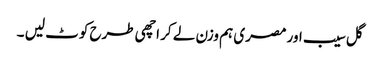
گل سیب اور مصری ہم وزن لے کر اچھی طرح کوٹ لیں ۔